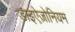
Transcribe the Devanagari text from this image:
डाइऐज़ोनियम